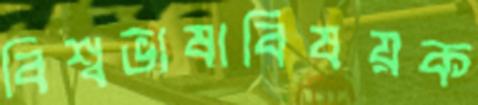
বিশ্বভাষাবিষয়ক